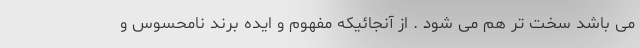
می باشد سخت تر هم می شود . از آنجائیکه مفهوم و ایده برند نامحسوس و